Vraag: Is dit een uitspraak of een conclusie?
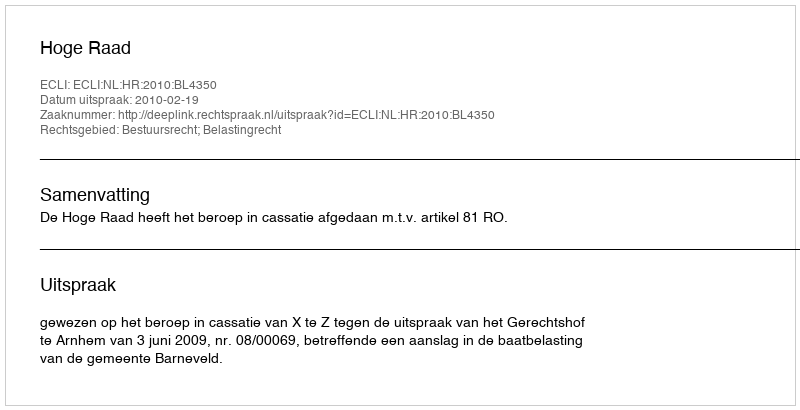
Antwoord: Uitspraak